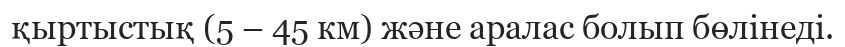
қыртыстық (5 – 45 км) және аралас болып бөлінеді.